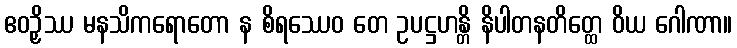
ဧဝဉှိဿ မနသိကရောတော န စိရဿေဝ တေ ဥပဋ္ဌဟန္တိ နိပါတနတိတ္ထေ ဝိယ ဂေါဏာ။